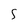
Character: S